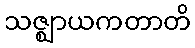
သဇ္ဈာယကတာတိ